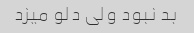
بد نبود ولی دلو میزد